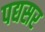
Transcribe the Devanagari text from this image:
पद्यसर